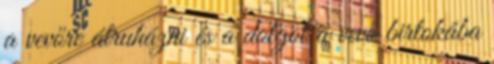
a vevőre átruházni és a dolgot a vevő birtokába